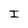
Character: I